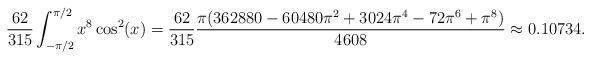
LaTeX: \begin{align*}\frac{62}{315}\int_{-\pi/2}^{\pi/2}x^8\cos^2(x) = \frac{62}{315}\frac{\pi(362880-60480\pi^2+3024\pi^4-72\pi^6+\pi^8)}{4608} \approx 0.10734.\end{align*}